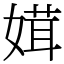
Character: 媶